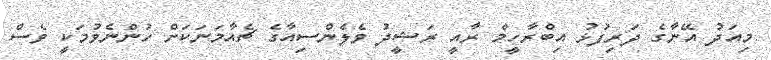
މިއަދު އޭނާގެ ދަރިފުޅު އިބްރާހީމް ރާއީ ރަޝީދު ވެލެންސިއާގެ ޗެއާމަނަކަށް ހުންނެވުމަކީ ވެސް